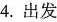
4.出发